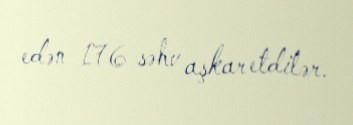
edən 176 səhv aşkar etdilər.